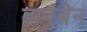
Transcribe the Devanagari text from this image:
बानुबेन